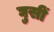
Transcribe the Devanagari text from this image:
घुसीं